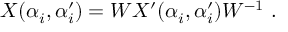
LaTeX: X ( \alpha _ { i } , \alpha _ { i } ^ { \prime } ) = W X ^ { \prime } ( \alpha _ { i } , \alpha _ { i } ^ { \prime } ) W ^ { - 1 } ~ .